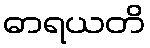
ဓာရယတိ